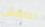
اناقش